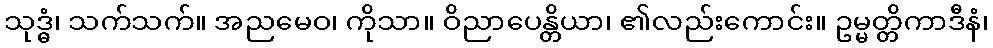
သုဒ္ဓံ၊ သက်သက်။ အညမေဝ၊ ကိုသာ။ ဝိညာပေန္တိယာ၊ ၏လည်းကောင်း။ ဥမ္မတ္တိကာဒီနံ၊